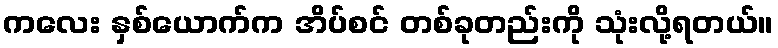
ကလေး နှစ်ယောက်က အိပ်စင် တစ်ခုတည်းကို သုံးလို့ရတယ်။